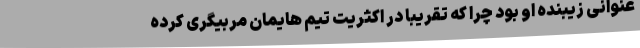
عنوانی زیبنده او بود چرا که تقریبا در اکثریت تیم هایمان مربیگری کرده